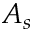
A _ { s }